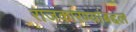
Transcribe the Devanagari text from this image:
राजकारण्यांबद्दल